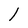
Character: 1